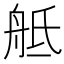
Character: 𦨢